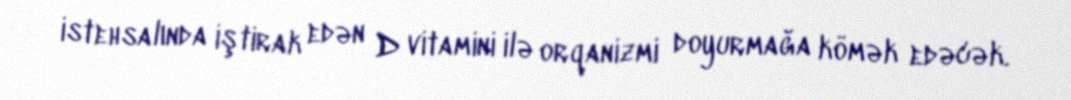
istehsalında iştirak edən D vitamini ilə orqanizmi doyurmağa kömək edəcək.